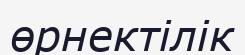
өрнектілік